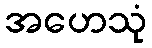
အဟေသုံ